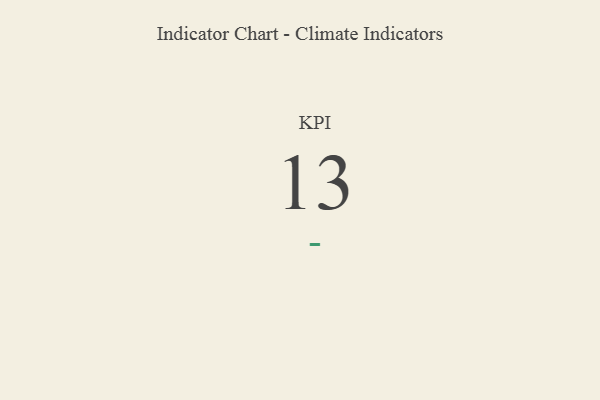
{"axis": {"x": "KPI", "y": "Value"}, "legend": [""], "data": [{"x": "KPI", "y": 13, "type": ""}]}